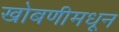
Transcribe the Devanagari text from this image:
खोबणीमधून